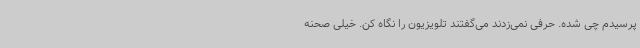
پرسیدم چی شده. حرفی نمی‌زدند می‌گفتند تلویزیون را نگاه کن. خیلی صحنه